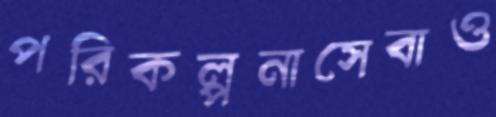
পরিকল্পনাসেবাও